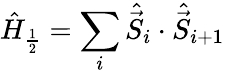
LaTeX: \hat{H}_{\frac{1}{2}}=\sum_{i}\hat{\vec{S}}_{i}\cdot\hat{\vec{S}}_{i+1}